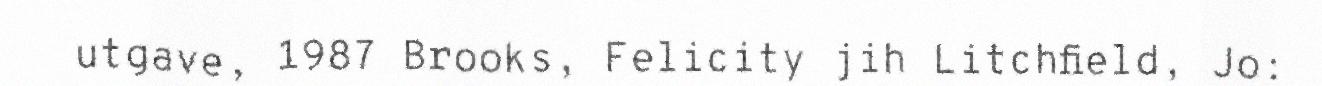
utgave, 1987 Brooks, Felicity jih Litchfield, Jo: